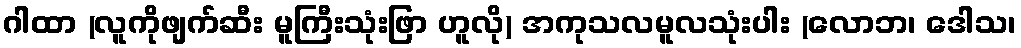
ဂါထာ (လူကိုဖျက်ဆီး မူကြီးသုံးဖြာ ဟူလို) အကုသလမူလသုံးပါး (လောဘ၊ ဒေါသ၊